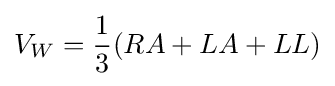
V_{W}={\frac {1}{3}}(RA+LA+LL)